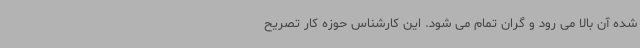
شده آن بالا می رود و گران تمام می شود. این کارشناس حوزه کار تصریح